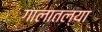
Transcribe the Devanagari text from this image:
गालातल्या